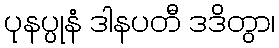
ပုနပ္ပုနံ ဒါနပတီ ဒဒိတွာ၊